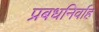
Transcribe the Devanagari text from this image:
प्रबधनिर्वाह